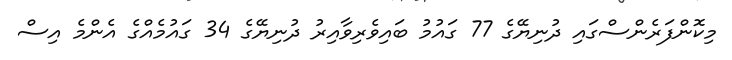
މިކޮންފަރެންސްގައި ދުނިޔޭގެ 77 ގައުމު ބައިވެރިވާއިރު ދުނިޔޭގެ 34 ގައުމެއްގެ އެންމެ އިސް